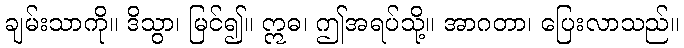
ချမ်းသာကို။ ဒိသွာ၊ မြင်၍။ ဣဓ၊ ဤအရပ်သို့။ အာဂတာ၊ ပြေးလာသည်။